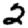
Digit: 2